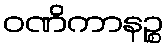
ဝဏိကာနဉ္စ